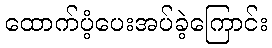
ထောက်ပံ့ပေးအပ်ခဲ့ကြောင်း